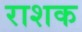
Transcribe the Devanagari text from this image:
राशक